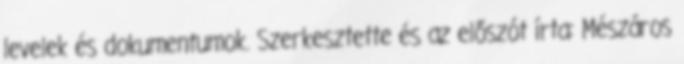
levelek és dokumentumok. Szerkesztette és az előszót írta: Mészáros